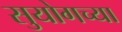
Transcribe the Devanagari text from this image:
सुयोगच्या